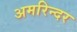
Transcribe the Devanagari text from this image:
अमरिन्दर